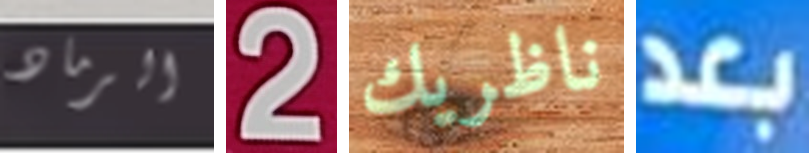
الرماد 2 ناظريك بعد